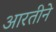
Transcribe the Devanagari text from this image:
आरतीने